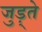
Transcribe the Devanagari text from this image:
जुड़्ते